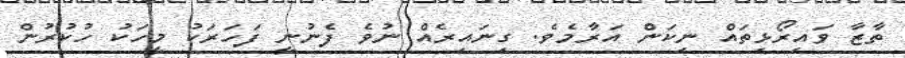
ތާޒާ ވައިރޯޅިތައް ނިކަން އަރާމެވެ. ގިނައިރެއް ނުވެ ފެނުނީ ފަހަރަކު މީހަކު ހުކުރުން